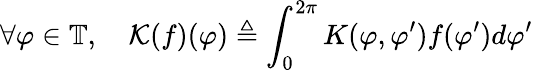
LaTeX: \forall\varphi\in\mathbb{T},\quad\mathcal{K}(f)(\varphi)\triangleq\int_{0}^{2\pi}K(\varphi,\varphi^{\prime})f(\varphi^{\prime})d\varphi^{\prime}